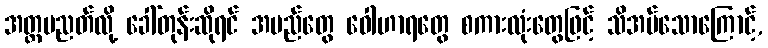
အတ္ထပညတ်လို့ ခေါ်တုန်းဆိုရင် အမည်တွေ ဝေါဟာရတွေ စကားလုံးတွေဖြင့် သိအပ်သောကြောင့်,